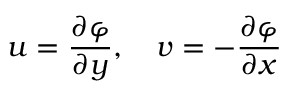
u = \frac { \partial \varphi } { \partial y } , \quad v = - \frac { \partial \varphi } { \partial x }